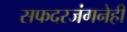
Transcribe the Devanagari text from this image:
सफदरजंगनेही